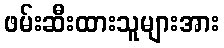
ဖမ်းဆီးထားသူများအား